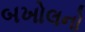
બખોલનો